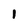
Character: 1